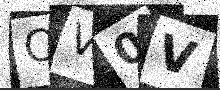
Text: OV0V